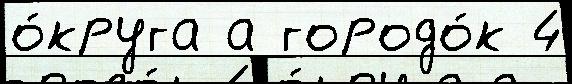
о́круга а городо́к 4